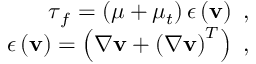
\begin{array} { r } { \boldsymbol { \tau } _ { f } = \left( \mu + \mu _ { t } \right) \boldsymbol { \epsilon } \left( \mathbf { v } \right) \mathrm { ~ , ~ } } \\ { \boldsymbol { \epsilon } \left( \mathbf { v } \right) = \left( { \nabla } { { \mathbf { v } } } + \left( { \nabla } { { \mathbf { v } } } \right) ^ { T } \right) \mathrm { ~ , ~ } } \end{array}